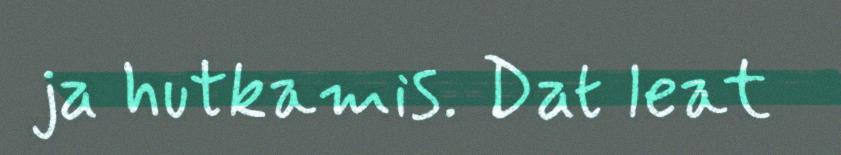
ja hutkamis. Dat leat